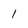
Character: 1